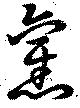
旧